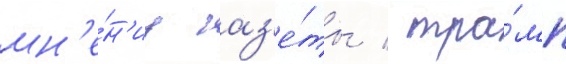
мн'е́н'иу газ'е́ты / тра́мп